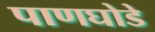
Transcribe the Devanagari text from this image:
पाणघोडे